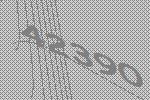
42390